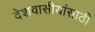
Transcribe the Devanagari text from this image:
देशवासीयांसाठी